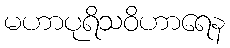
မဟာပုရိသဝိဟာရေန